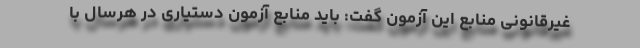
غیرقانونی منابع این آزمون گفت: باید منابع آزمون دستیاری در هرسال با